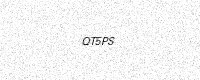
Text: QT5PS